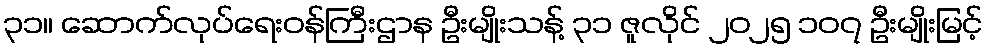
၃၁။ ဆောက်လုပ်ရေးဝန်ကြီးဌာန ဦးမျိုးသန့် ၃၁ ဇူလိုင် ၂၀၂၅ ၁၀၇ ဦးမျိုးမြင့်